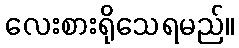
လေးစားရိုသေရမည်။